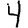
Digit: 4